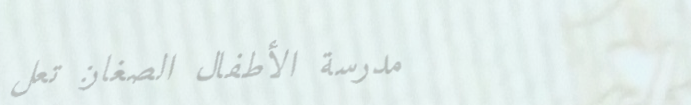
مدرسة الأطفال الصغار: تعل